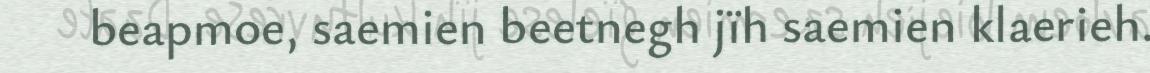
beapmoe, saemien beetnegh jïh saemien klaerieh.